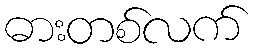
ဓားတစ်လက်